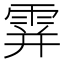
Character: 𩂦